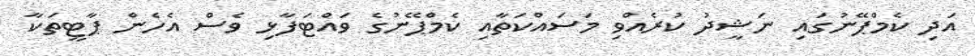
އަދި ކެމްޕޭނުގައި ނަޝީދު ކުރެއްވި މަސައްކަތާއި ކެމްޕޭނުގެ ވައްޓަފާޅި ވެސް އެހެން ޕާޓީތަކާ